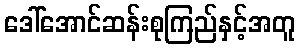
ဒေါ်အောင်ဆန်းစုကြည်နှင့်အတူ